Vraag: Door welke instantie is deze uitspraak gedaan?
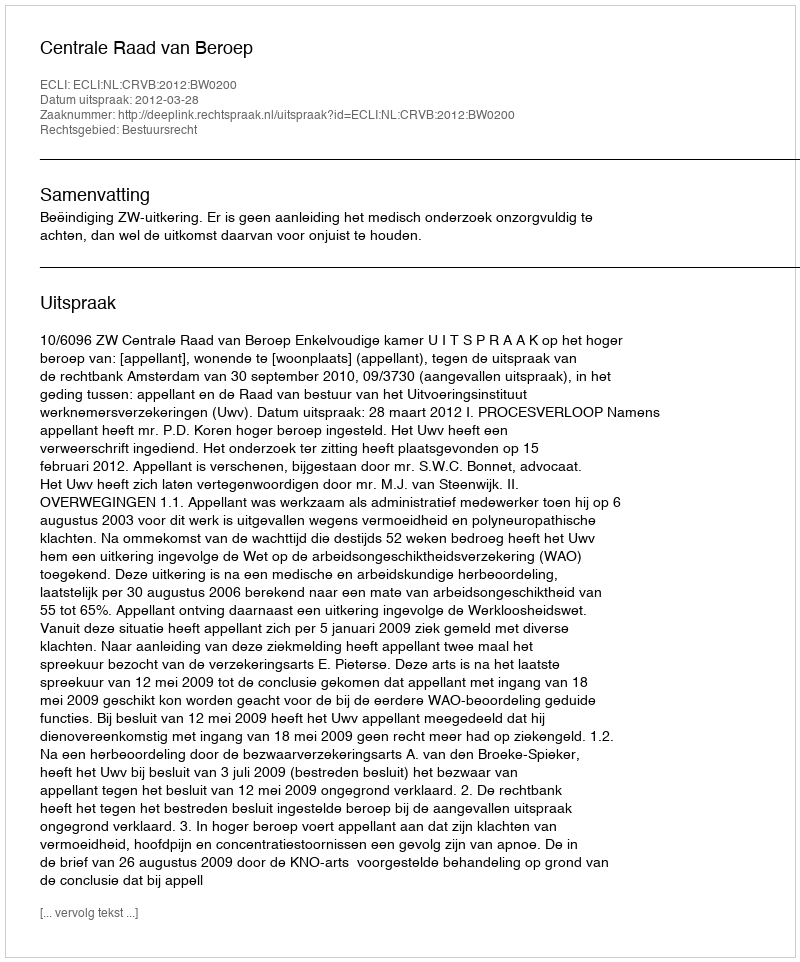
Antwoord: Centrale Raad van Beroep